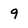
Character: q